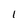
Character: 1